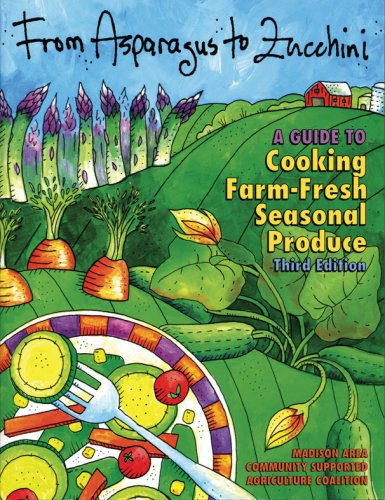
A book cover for From Asparagus to Zucchini: A Guide to Cooking Farm-Fresh Seasonal Produce, 3rd Edition; FairShare CSA Coalition; Cookbooks, Food & Wine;